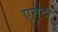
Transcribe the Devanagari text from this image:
एस्‌टी